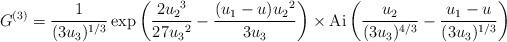
LaTeX: \begin{align*}G^{(3)}= \frac{1}{(3u_3)^{1/3}} \exp\left(\frac{2 {u_2}^3}{27{u_3}^2}- \frac{(u_1-{{u}}) {u_2}^2}{3{u_3}}\right)\times\mathrm{Ai}\left( \frac{u_2}{(3u_3)^{4/3}}- \frac{u_1-{{u}}}{(3u_3)^{1/3}} \right)\end{align*}